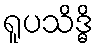
ရူပသိဒ္ဓိ